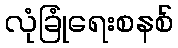
လုံခြုံရေးစနစ်